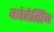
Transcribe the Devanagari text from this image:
कोहेसिव